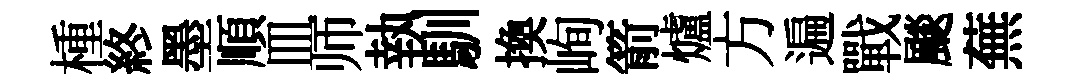
㮔終墨順皿师執馴換峋箭爐方遍戰颷蕪